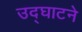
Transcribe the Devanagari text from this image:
उद्‌घाटने